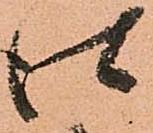
仕